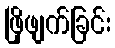
ဖြိုဖျက်ခြင်း